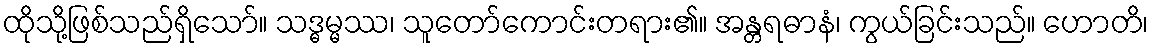
ထိုသို့ဖြစ်သည်ရှိသော်။ သဒ္ဓမ္မဿ၊ သူတော်ကောင်းတရား၏။ အန္တရဓာနံ၊ ကွယ်ခြင်းသည်။ ဟောတိ၊